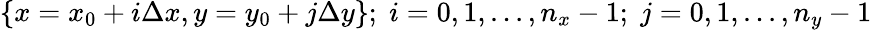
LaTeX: \{ x=x_{0}+i\Delta x,y=y_{0}+j\Delta y\} ;\; i=0,1,...,n_{x}-1;\; j=0,1,...,n_{y}-1